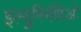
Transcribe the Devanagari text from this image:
इल्युमिनॅशिओ